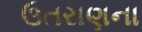
ઉતરાણના